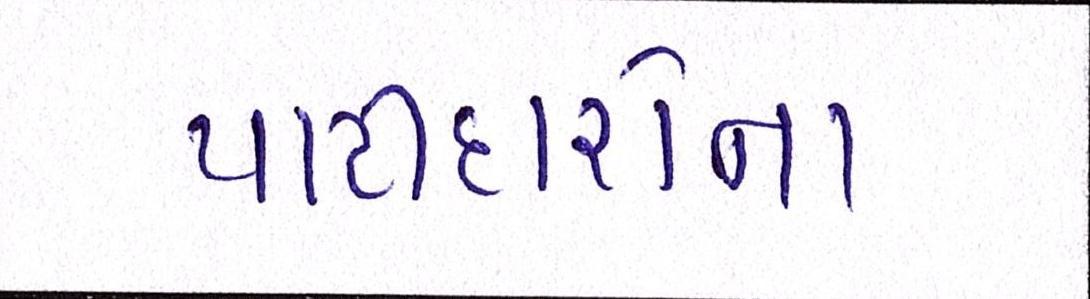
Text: પાટીદારોનાં